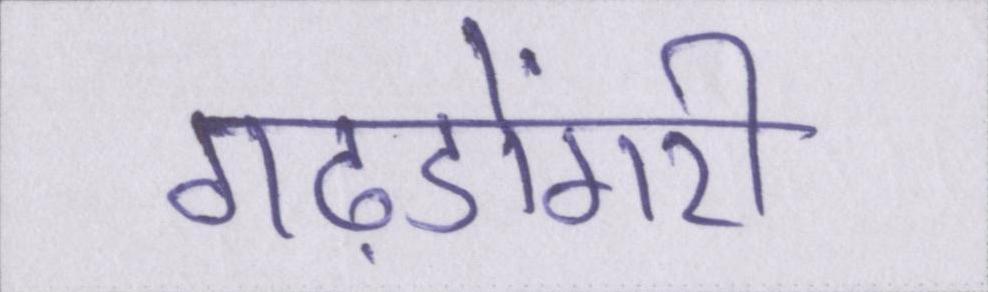
गढ़डोंगरी